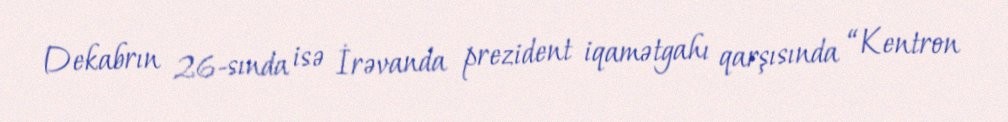
Dekabrın 26-sında isə İrəvanda prezident iqamətgahı qarşısında “Kentron